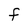
Character: F